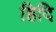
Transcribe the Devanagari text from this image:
हिदि